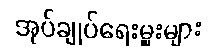
အုပ်ချုပ်ရေးမှူးများ